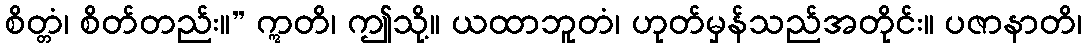
စိတ္တံ၊ စိတ်တည်း။” ဣတိ၊ ဤသို့။ ယထာဘူတံ၊ ဟုတ်မှန်သည်အတိုင်း။ ပဇာနာတိ၊